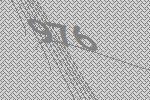
976